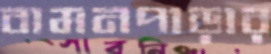
বামনপাড়ার